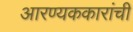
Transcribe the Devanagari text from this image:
आरण्यककारांची